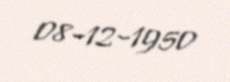
08-12-1950